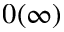
0 ( \infty )